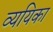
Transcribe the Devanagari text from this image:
व्ययिका